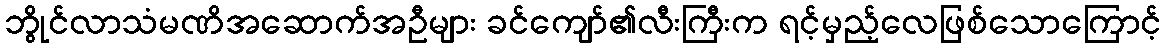
ဘွိုင်လာသံမဏိအဆောက်အဦများ ခင်ကျော်၏လီးကြီးက ရင့်မှည့်လေဖြစ်သောကြောင့်